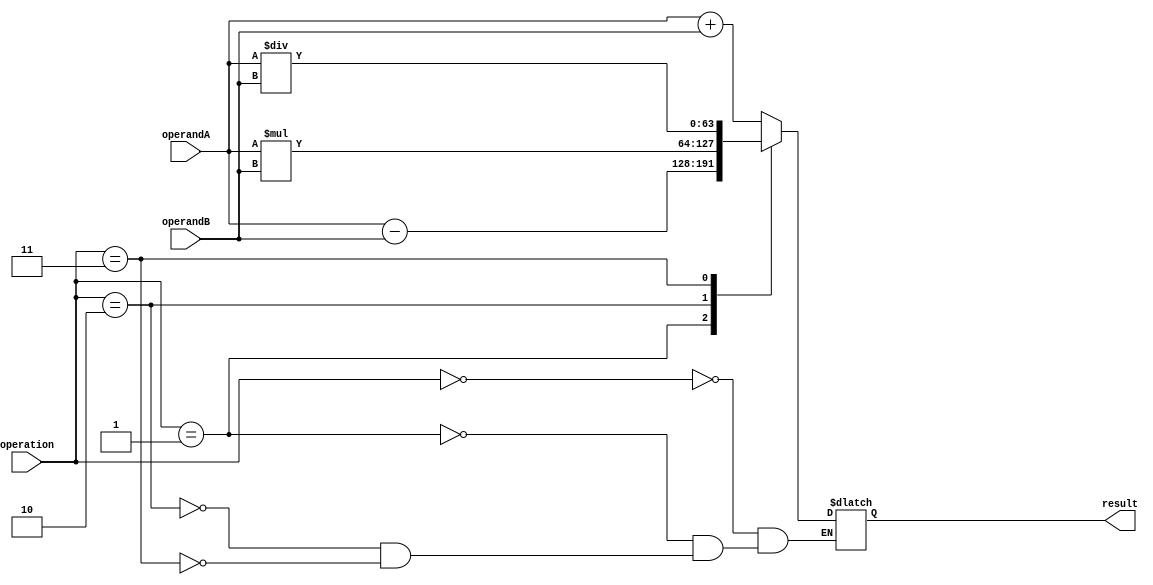
module ApFloatingPointUnit (
    input wire [63:0] operandA,
    input wire [63:0] operandB,
    input wire [2:0] operation,
    output reg [63:0] result
);

//Arithmetic operation constants
parameter ADD = 3'b000;
parameter SUB = 3'b001;
parameter MUL = 3'b010;
parameter DIV = 3'b011;

//Control signals
reg [63:0] temp_result;

always @(operandA or operandB or operation) begin
    case(operation)
        ADD: temp_result = operandA + operandB;
        SUB: temp_result = operandA - operandB;
        MUL: temp_result = operandA * operandB;
        DIV: temp_result = operandA / operandB;
    endcase
end

always @(temp_result) begin
    //Additional logic to handle rounding errors, overflow, and underflow
    //...
    result <= temp_result;
end

endmodule